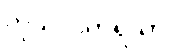
ကုသလကိရိယာ